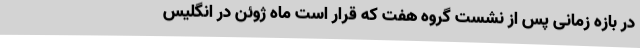
در بازه زمانی پس از نشست گروه هفت که قرار است ماه ژوئن در انگلیس